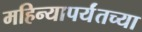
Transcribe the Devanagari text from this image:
महिन्यापर्यंतच्या